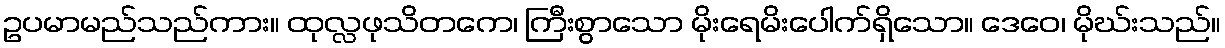
ဥပမာမည်သည်ကား။ ထုလ္လဖုသိတကေ၊ ကြီးစွာသော မိုးရေမိးပေါက်ရှိသော။ ဒေဝေ၊ မိုဃ်းသည်။